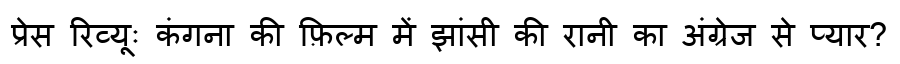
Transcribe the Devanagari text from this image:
प्रेस रिव्यूः कंगना की फ़िल्म में झांसी की रानी का अंग्रेज से प्यार?